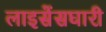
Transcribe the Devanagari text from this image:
लाइसेंसघारी